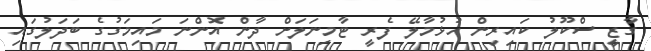
ގާޒީ ސްކޫލު ކައިރިން ހުޅުމާލޭ ފެރީ ޓާމިނަލަށް ދާން އޮންނަ މައިމަގުގެ ބަދަލުގައި